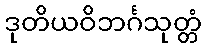
ဒုတိယဝိဘင်္ဂသုတ္တံ